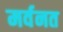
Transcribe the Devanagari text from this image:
मर्वनत